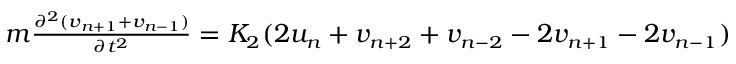
\small \begin{array} { r } { m \frac { \partial ^ { 2 } ( v _ { n + 1 } + v _ { n - 1 } ) } { \partial t ^ { 2 } } = K _ { 2 } ( 2 u _ { n } + v _ { n + 2 } + v _ { n - 2 } - 2 v _ { n + 1 } - 2 v _ { n - 1 } ) } \end{array}